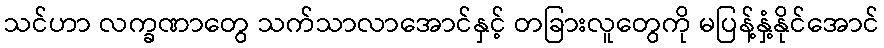
သင်ဟာ လက္ခဏာတွေ သက်သာလာအောင်နှင့် တခြားလူတွေကို မပြန့်နှံ့နိုင်အောင်